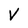
Character: V